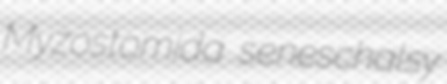
Myzostomida seneschalsy